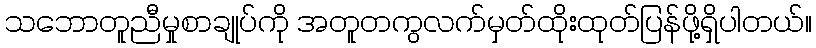
သဘောတူညီမှုစာချုပ်ကို အတူတကွလက်မှတ်ထိုးထုတ်ပြန်ဖို့ရှိပါတယ်။